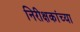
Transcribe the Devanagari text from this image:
निरीक्षकांच्या